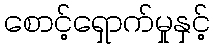
စောင့်ရှောက်မှုနှင့်